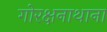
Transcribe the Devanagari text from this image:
गोरक्षनाथाना